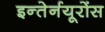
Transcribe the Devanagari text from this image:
इन्तेर्नयूरोंस